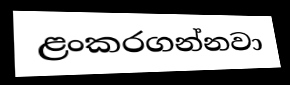
ළංකරගන්නවා